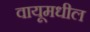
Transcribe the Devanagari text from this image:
वायूमधील